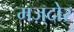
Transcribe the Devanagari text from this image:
मज़्दोर